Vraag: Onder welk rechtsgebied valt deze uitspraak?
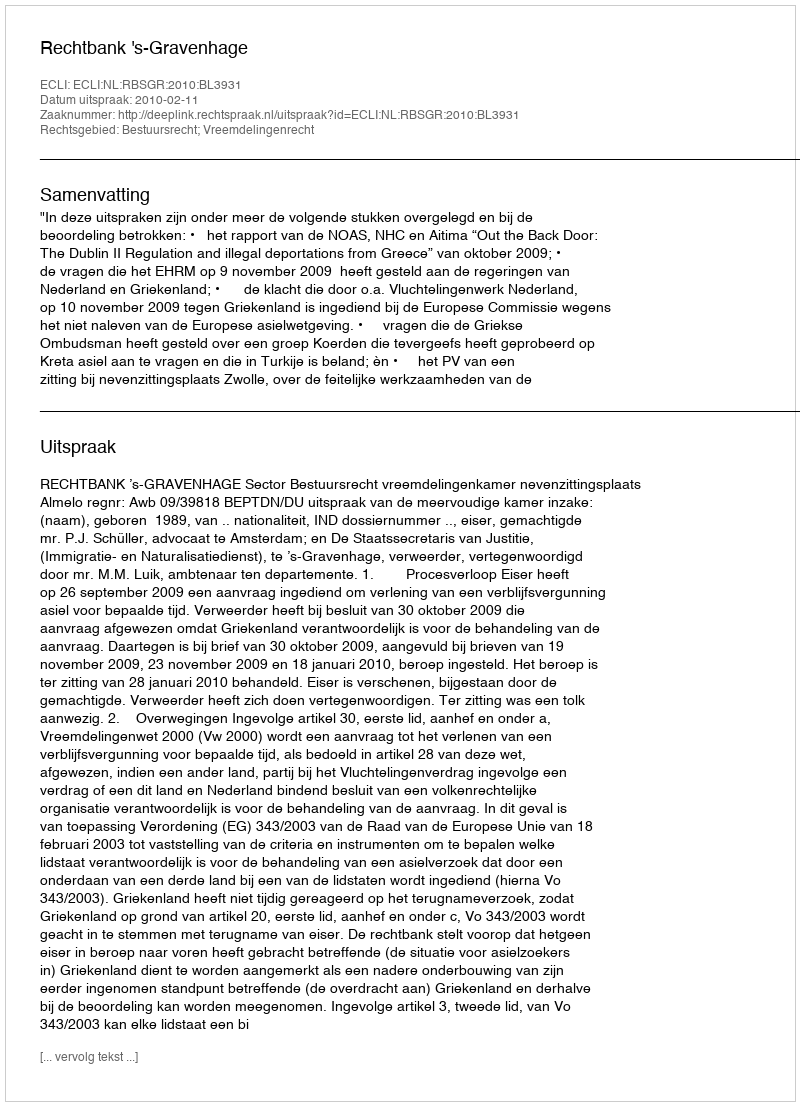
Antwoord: Bestuursrecht; Vreemdelingenrecht